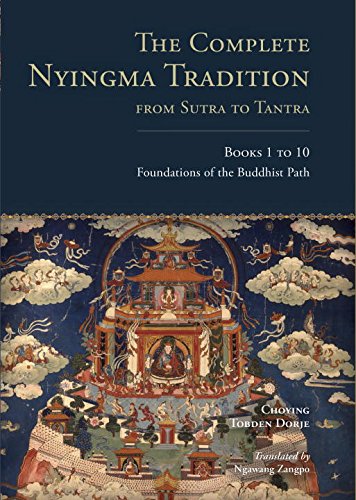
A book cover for The Complete Nyingma Tradition from Sutra to Tantra, Books 1 to 10: Foundations of the Buddhist Path (Tsadra); Choying Tobden Dorje; Religion & Spirituality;